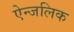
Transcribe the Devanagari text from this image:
ऐन्जलिक